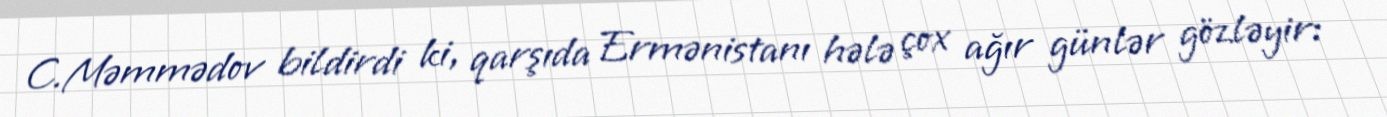
C.Məmmədov bildirdi ki, qarşıda Ermənistanı hələ çox ağır günlər gözləyir: